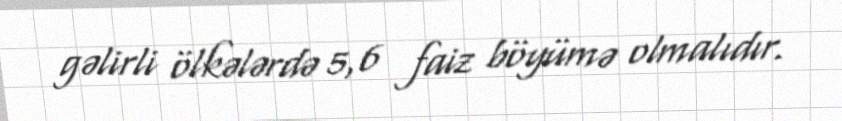
gəlirli ölkələrdə 5,6 faiz böyümə olmalıdır.